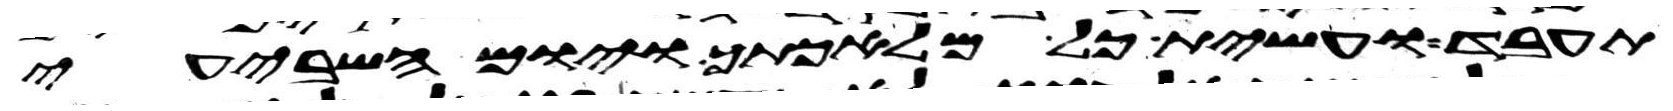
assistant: תעבד ועשית כל מלאכתך ויום השביעי